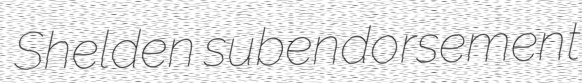
Shelden subendorsement